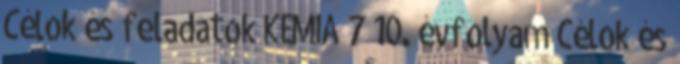
Célok és feladatok KÉMIA 7 10. évfolyam Célok és